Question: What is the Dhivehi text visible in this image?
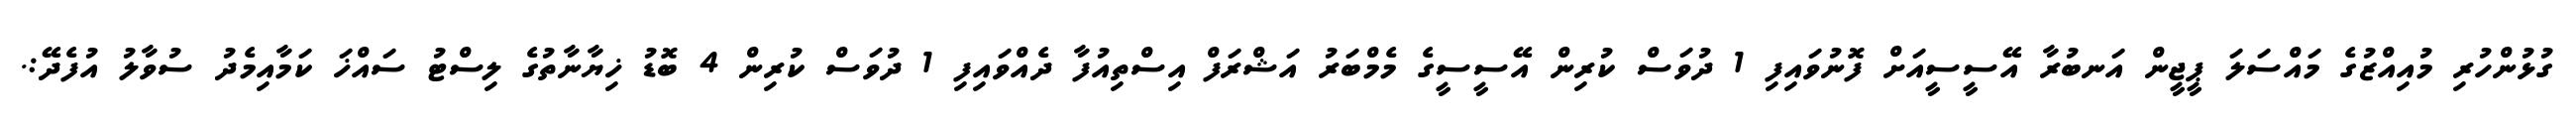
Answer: ގުޅުންހުރި މުއިއްޒުގެ މައްސަލަ ޕީޖީން އަނބުރާ އޭސީސީއަށް ފޮނުވައިފި 1 ދުވަސް ކުރިން އޭސީސީގެ މެމްބަރު އަޝްރަފް އިސްތިއުފާ ދެއްވައިފި 1 ދުވަސް ކުރިން 4 ބޮޑު ޚިޔާނާތުގެ ލިސްޓު ސައްޚަ ކަމާއިމެދު ސުވާލު އުފެދޭ:.